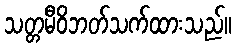
သတ္တမီဝိဘတ်သက်ထားသည်။